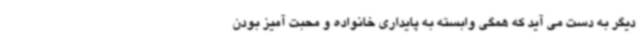
دیگر به دست می آید که همگی وابسته به پایداری خانواده و محبت آمیز بودن